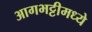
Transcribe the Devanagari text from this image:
आगभट्टीमध्ये